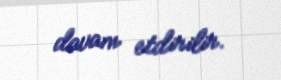
davam etdirilir.